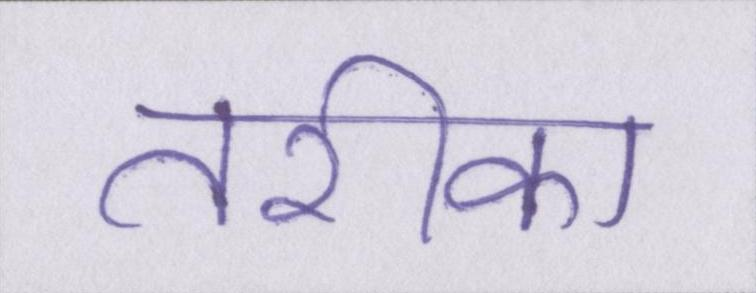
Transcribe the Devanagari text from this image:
तरीका